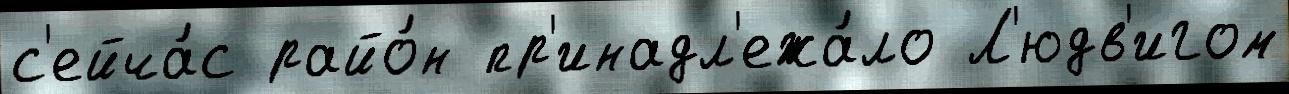
с'ейча́с райо́н пр'инадл'ежа́ло Л'юдв'игом